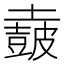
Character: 𡒡